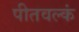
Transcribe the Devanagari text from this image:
पीतवल्कं